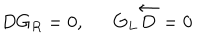
D G _ { R } = 0 , G _ { L } \overleftarrow { D } = 0